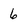
Character: 6